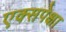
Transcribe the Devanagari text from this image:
एक्सपेक्षा